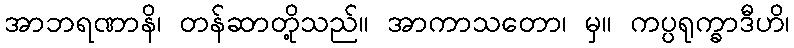
အာဘရဏာနိ၊ တန်ဆာတို့သည်။ အာကာသတော၊ မှ။ ကပ္ပရုက္ခာဒီဟိ၊